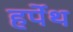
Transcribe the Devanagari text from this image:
हर्पेथ